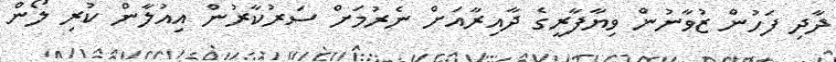
ދާދި ފަހުން ޒުވާނުން ވިޔާފާރީގެ ދާއިރާއަށް ނެރުމަށް ސަރުކާރުން އިއުލާން ކުރި ލޯން